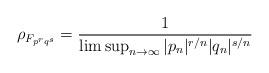
LaTeX: \begin{align*}\rho_{F_{p^r q^s}}=\frac{1}{\limsup_{n\to\infty}|p_n|^{r/n}|q_n|^{s/n}} \end{align*}